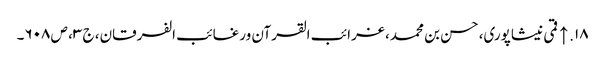
۱۸. ↑ قمی نیشاپوری، حسن بن محمد، غرائب القرآن ورغائب الفرقان، ج ۳، ص ۶۰۸۔